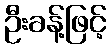
ဦးခန့်ဖြင့်